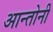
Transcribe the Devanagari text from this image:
आन्तोनी